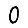
Digit: 0